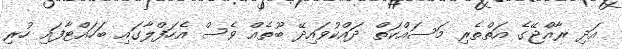
އަދި ރާއްޖޭގެ އަތްތެރި މަސައްކަތް ދައްކުވައިދޭ ބޫތެއް ވެސް އެހަފްލާގައި ބަހައްޓާފައި ހުރި